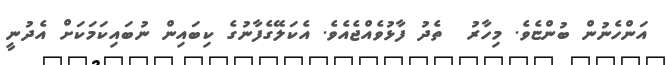
އަންހެނުން ބުންޏެވެ. މިހާރު  ތެދު ފާޅުވެއްޖެއެވެ. އެކަލޭގެފާނުގެ ކިބައިން ނުބައިކަމަކަށް އެދުނީ